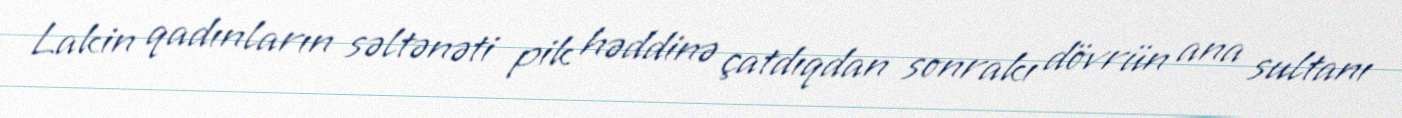
Lakin qadınların səltənəti pik həddinə çatdıqdan sonrakı dövrün ana sultanı